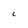
Character: C